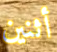
أثنين